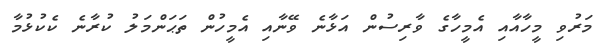
މަރުވި މީހާއާއި އެމީހާގެ ވާރިސުން އަޅާނެ ވޭނާއި އެމީހުން ތަޙަންމަލު ކުރާނެ ކެކުޅުމާ